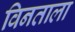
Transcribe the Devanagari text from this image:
विनताला